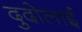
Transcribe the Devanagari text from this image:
दुदोलाई